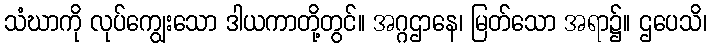
သံဃာကို လုပ်ကျွေးသော ဒါယကာတို့တွင်။ အဂ္ဂဌာနေ၊ မြတ်သော အရာ၌။ ဌပေသိ၊